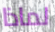
لماذا